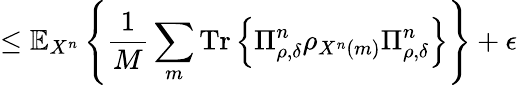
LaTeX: \leq\mathbb{E}_{X^{n}}\left\{ {\frac{1}{M}}\sum_{m}{\mathrm{Tr}}\left\{ \Pi_{\rho,\delta}^{n}\rho_{X^{n}\left(m\right)}\Pi_{\rho,\delta}^{n}\right\} \right\} +\epsilon